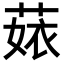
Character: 𦴣